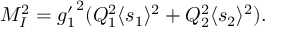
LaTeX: M _ { I } ^ { 2 } = { g _ { 1 } ^ { \prime } } ^ { 2 } ( Q _ { 1 } ^ { 2 } \langle s _ { 1 } \rangle ^ { 2 } + Q _ { 2 } ^ { 2 } \langle s _ { 2 } \rangle ^ { 2 } ) .